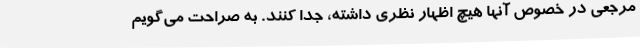
مرجعی در خصوص آنها هیچ اظهار نظری داشته، جدا کنند. به صراحت می‌گویم